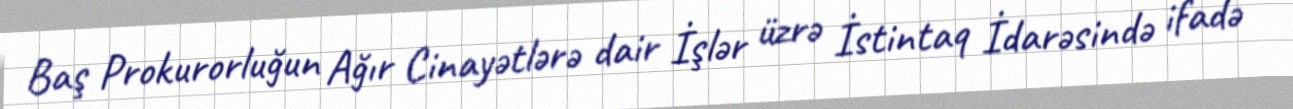
Baş Prokurorluğun Ağır Cinayətlərə dair İşlər üzrə İstintaq İdarəsində ifadə